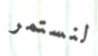
لنستمر